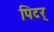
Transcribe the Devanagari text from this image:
पिटर्